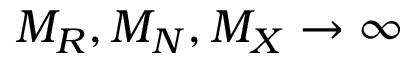
{ M _ { R } , M _ { N } , M _ { X } \rightarrow \infty }